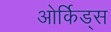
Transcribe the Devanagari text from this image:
ओर्किड्स